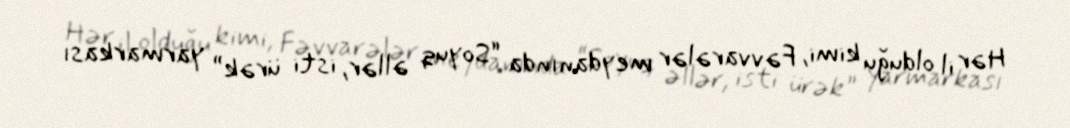
Hər il olduğu kimi, Fəvvarələr meydanında “Soyuq əllər, isti ürək” yarmarkası